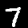
Label: 7